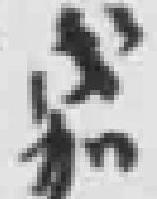
然